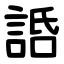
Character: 䛡